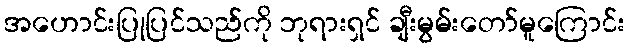
အဟောင်းပြုပြင်သည်ကို ဘုရားရှင် ချီးမွမ်းတော်မူကြောင်း